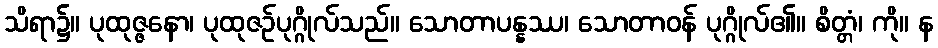
သိရာ၌။ ပုထုဇ္ဇနော၊ ပုထုဇဉ်ပုဂ္ဂိုလ်သည်။ သောတာပန္နဿ၊ သောတာဝန် ပုဂ္ဂိုလ်၏။ စိတ္တံ၊ ကို။ န